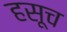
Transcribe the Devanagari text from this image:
हसूच